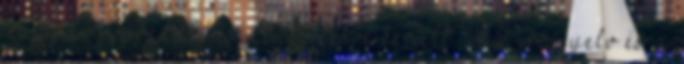
ma­gyar jog­rend­be is át­ül­te­tés­re ke­rült. Az irány­elv és a